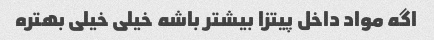
اگه مواد داخل پیتزا بیشتر باشه خیلی خیلی بهتره